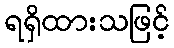
ရရှိထားသဖြင့်